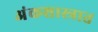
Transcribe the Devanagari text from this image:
अंकशास्त्रात